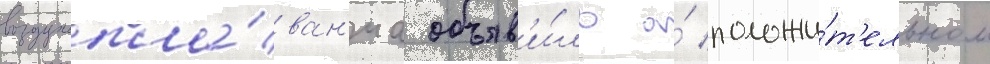
воздухопла́ван'иа объяв'и́ло о́ положи́т'ельном